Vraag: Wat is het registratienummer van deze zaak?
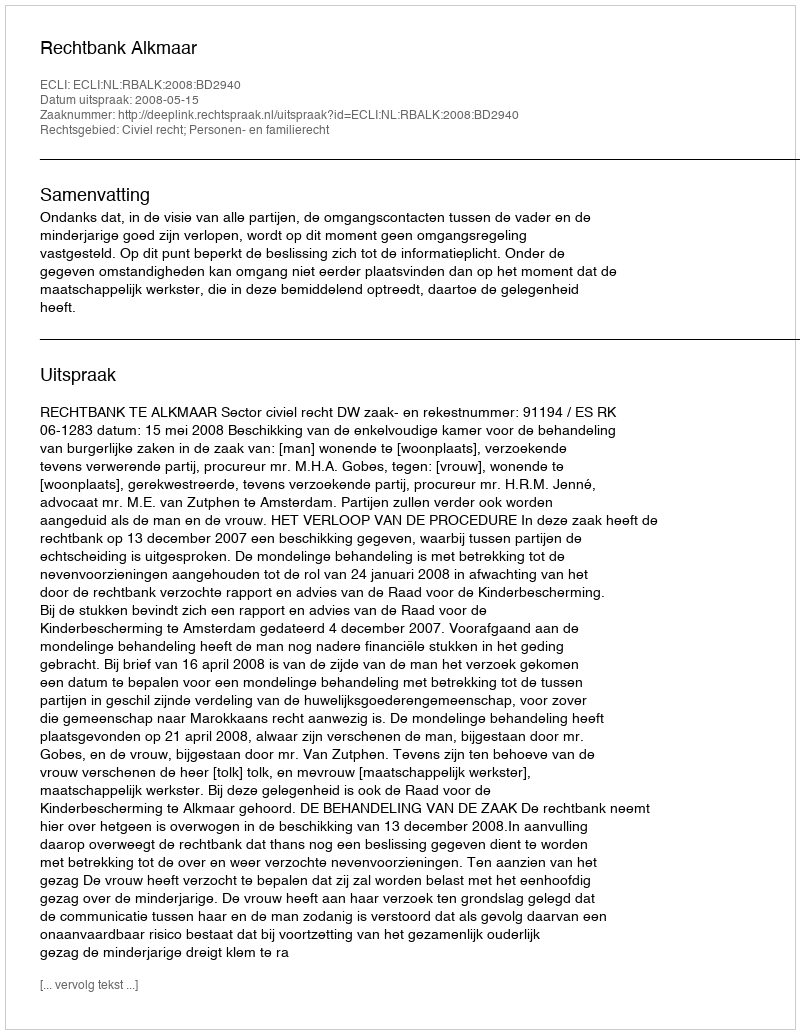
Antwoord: http://deeplink.rechtspraak.nl/uitspraak?id=ECLI:NL:RBALK:2008:BD2940